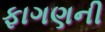
ફાગણની